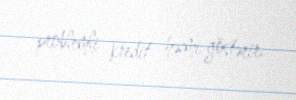
problemli kredit həcmi göstərir.